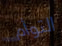
التوأم